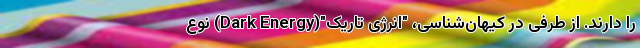
را دارند. از طرفی در کیهان‌شناسی، "انرژی تاریک"(Dark Energy) نوع